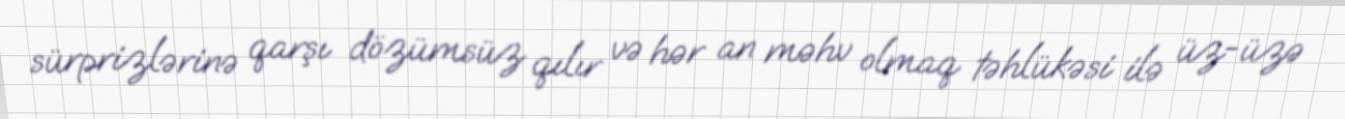
sürprizlərinə qarşı dözümsüz qılır və hər an məhv olmaq təhlükəsi ilə üz-üzə